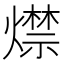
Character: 𤐖